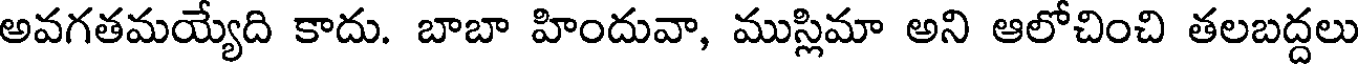
అవగతమయ్యేది కాదు. బాబా హిందువా, ముస్లిమా అని ఆలోచించి తలబద్దలు